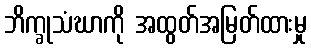
ဘိက္ခုသံဃာကို အထွတ်အမြတ်ထားမှု